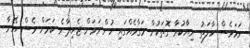
ނަމަވެސް ހާލަތު ނިޔާކުރާ ގޮތަކުން މަގާމެއްގައި ހުންނަވަން ޖެހިދާނެ ކަމަށް ވެސް އޭނާ